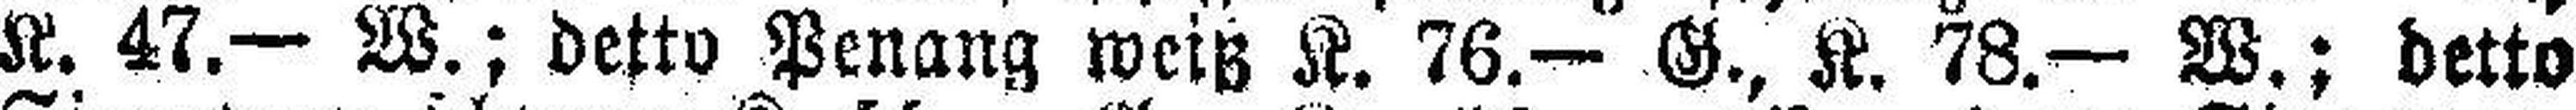
K. 47.— W.; detto Penang weiß K. 76.— G., K. 78.— W.; detto